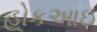
હોકઆઇ